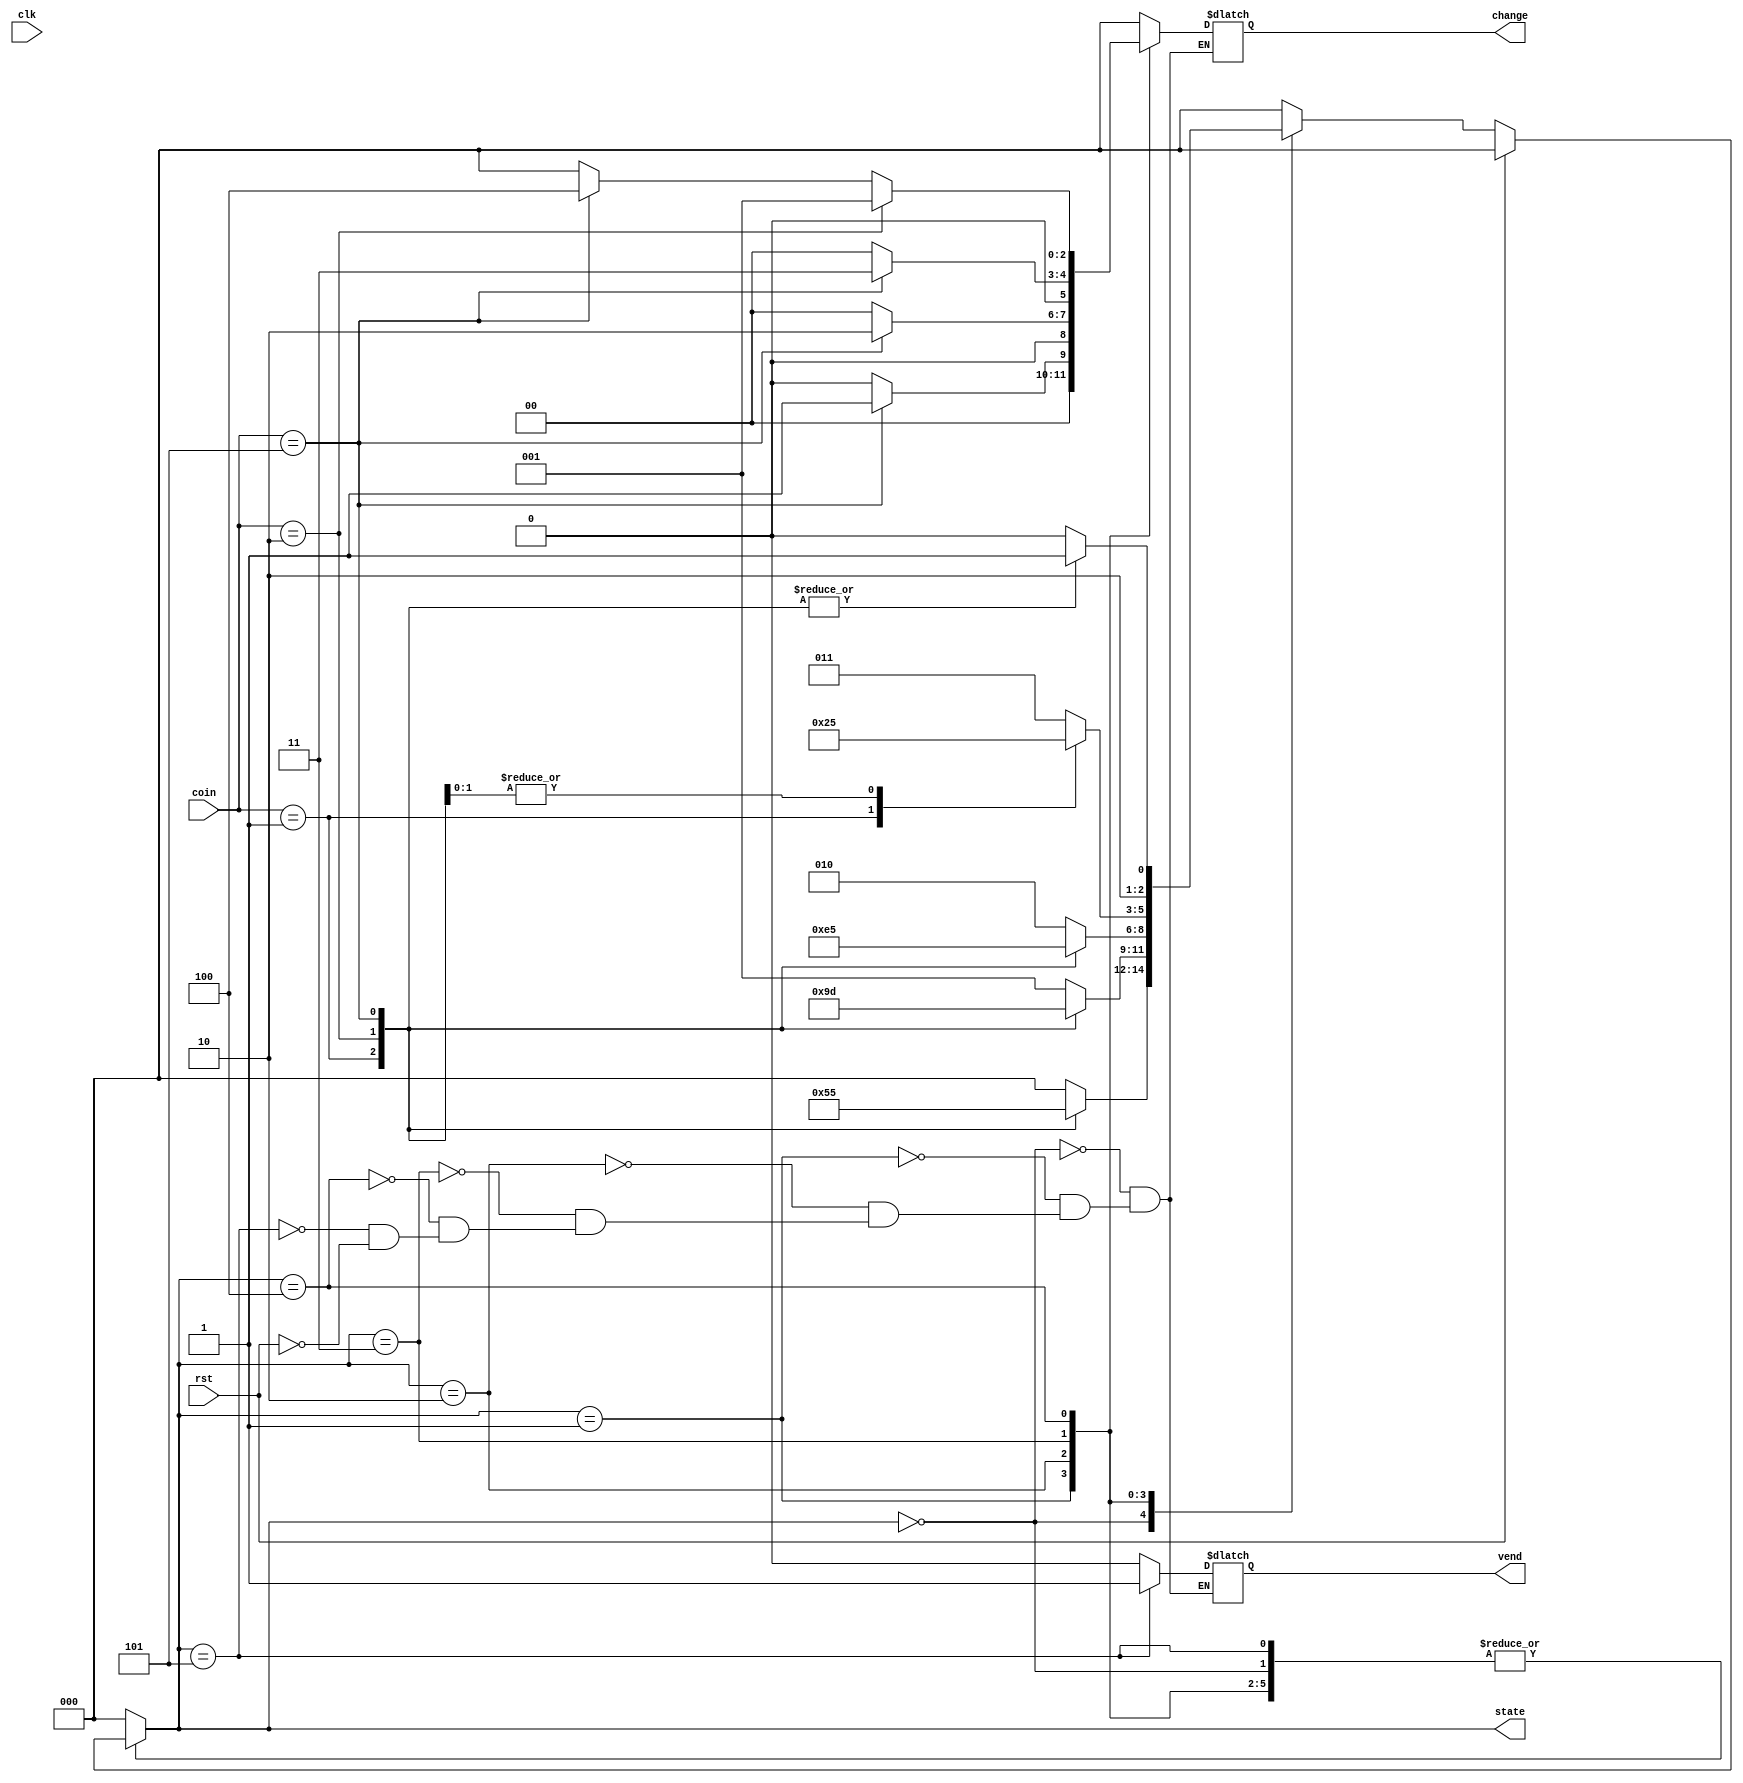
module vending_machine(
  output reg vend,
  output reg [2:0] change,state,
  input [2:0] coin,
  input clk,rst);
  
  parameter [2:0]rs_5= 3'b001;
  parameter [2:0]rs_10= 3'b010;
  parameter [2:0]rs_15= 3'b011;
  parameter [2:0]rs_20= 3'b100;
  parameter [2:0]rs_25= 3'b101;
  
  parameter [2:0]idle= 3'b000;
  parameter [2:0]five= 3'b001;
  parameter [2:0]ten= 3'b010;
  parameter [2:0]fifteen= 3'b011;
  parameter [2:0]twenty= 3'b100;
  parameter [2:0]twenty_five=3'b101;
  
  reg[2:0] next_state;
  
  always@(coin or state)
    begin
      next_state=0;
      case(state)
        idle:
          case(coin)
            rs_5: next_state=five;
            rs_10: next_state=ten;
            rs_25: next_state=twenty_five;
            default: next_state=idle;
          endcase
        five:
          case(coin)
            rs_5: next_state= ten;
            rs_10: next_state=fifteen;
            rs_25: next_state=twenty_five;
            default: next_state=five;
          endcase
        ten:
          case(coin)
            rs_5: next_state=fifteen;
            rs_10: next_state=twenty;
            rs_25: next_state=twenty_five;
            default: next_state=ten;
          endcase
        fifteen:
          case(coin)
            rs_5: next_state=twenty;
            rs_10: next_state=twenty_five;
            rs_25: next_state=twenty_five;
            default: next_state=fifteen;
          endcase
        twenty:
          case(coin)
            rs_5: next_state=twenty_five;
            rs_10: next_state=twenty_five;
            rs_25: next_state=twenty_five;
            default: next_state=twenty;
          endcase
        twenty_five:
          next_state=idle;
        default: next_state=idle;
      endcase
    end
  
  always@(clk)
    begin
      if(rst)
        begin
          change<=3'b000;
          vend<=1'b0;
          state<=idle;
        end
      else
        state<=next_state;
      case(state)
        idle:
          begin
            vend<=1'b0;
            change<=3'd0;
          end
        five:
          begin
            vend<=1'b0;
            if(coin==rs_25)
              change<=rs_5;
            else
              change<=3'd0;
          end
        ten:
          begin
            vend<=1'b0;
            if(coin==rs_25)
              change<=rs_10;
            else
              change<=3'd0;
          end
        fifteen:
          begin
            vend<=1'b0;
            if(coin==rs_25)
              change<=rs_15;
            else
              change<=3'd0;
          end
        twenty:
          begin
            vend<=1'b0;
            if(coin==rs_10)
              change<=rs_5;
            else
              if(coin==rs_25)
                change<=rs_20;
              else
                change<=3'd0;
          end
        twenty_five:
          begin
            vend<=1'b1;
            change<=3'd0;
          end
        default: state<=idle;
      endcase
    end
endmodule